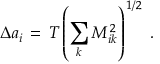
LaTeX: \Delta a _ { i } \, = \, T \left( \sum _ { k } M _ { i k } ^ { \, 2 } \right) ^ { \, 1 / 2 } \; .